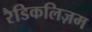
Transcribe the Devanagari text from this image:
रैडिकलिज़म